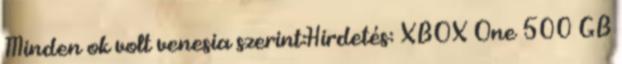
Minden ok volt venesia szerint:Hirdetés: XBOX One 500 GB